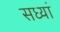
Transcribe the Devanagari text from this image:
सध्यां